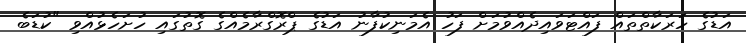
އަޑުގެ ހަރަކާތްތައް ފައްޓަވައިދެއްވުމަށް ފަހު އެމަނިކުފާނު އަޑުގެ ޕްރޮގްރާމެއްގެ ގޮތުގައި ހުށަހެޅުއްވި "ކުޑަބެ